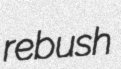
rebush